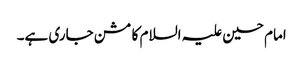
امام حسین علیہ السلام کا مشن جاری ہے۔